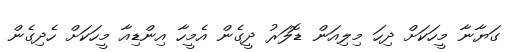
ގަޔާނާ މީހަކަށް ދިހަ މިލިއަން ޑޮލަރު ދީގެން އެމީހާ އިންޑިއާ މީހަކަށް ހެދިގެން